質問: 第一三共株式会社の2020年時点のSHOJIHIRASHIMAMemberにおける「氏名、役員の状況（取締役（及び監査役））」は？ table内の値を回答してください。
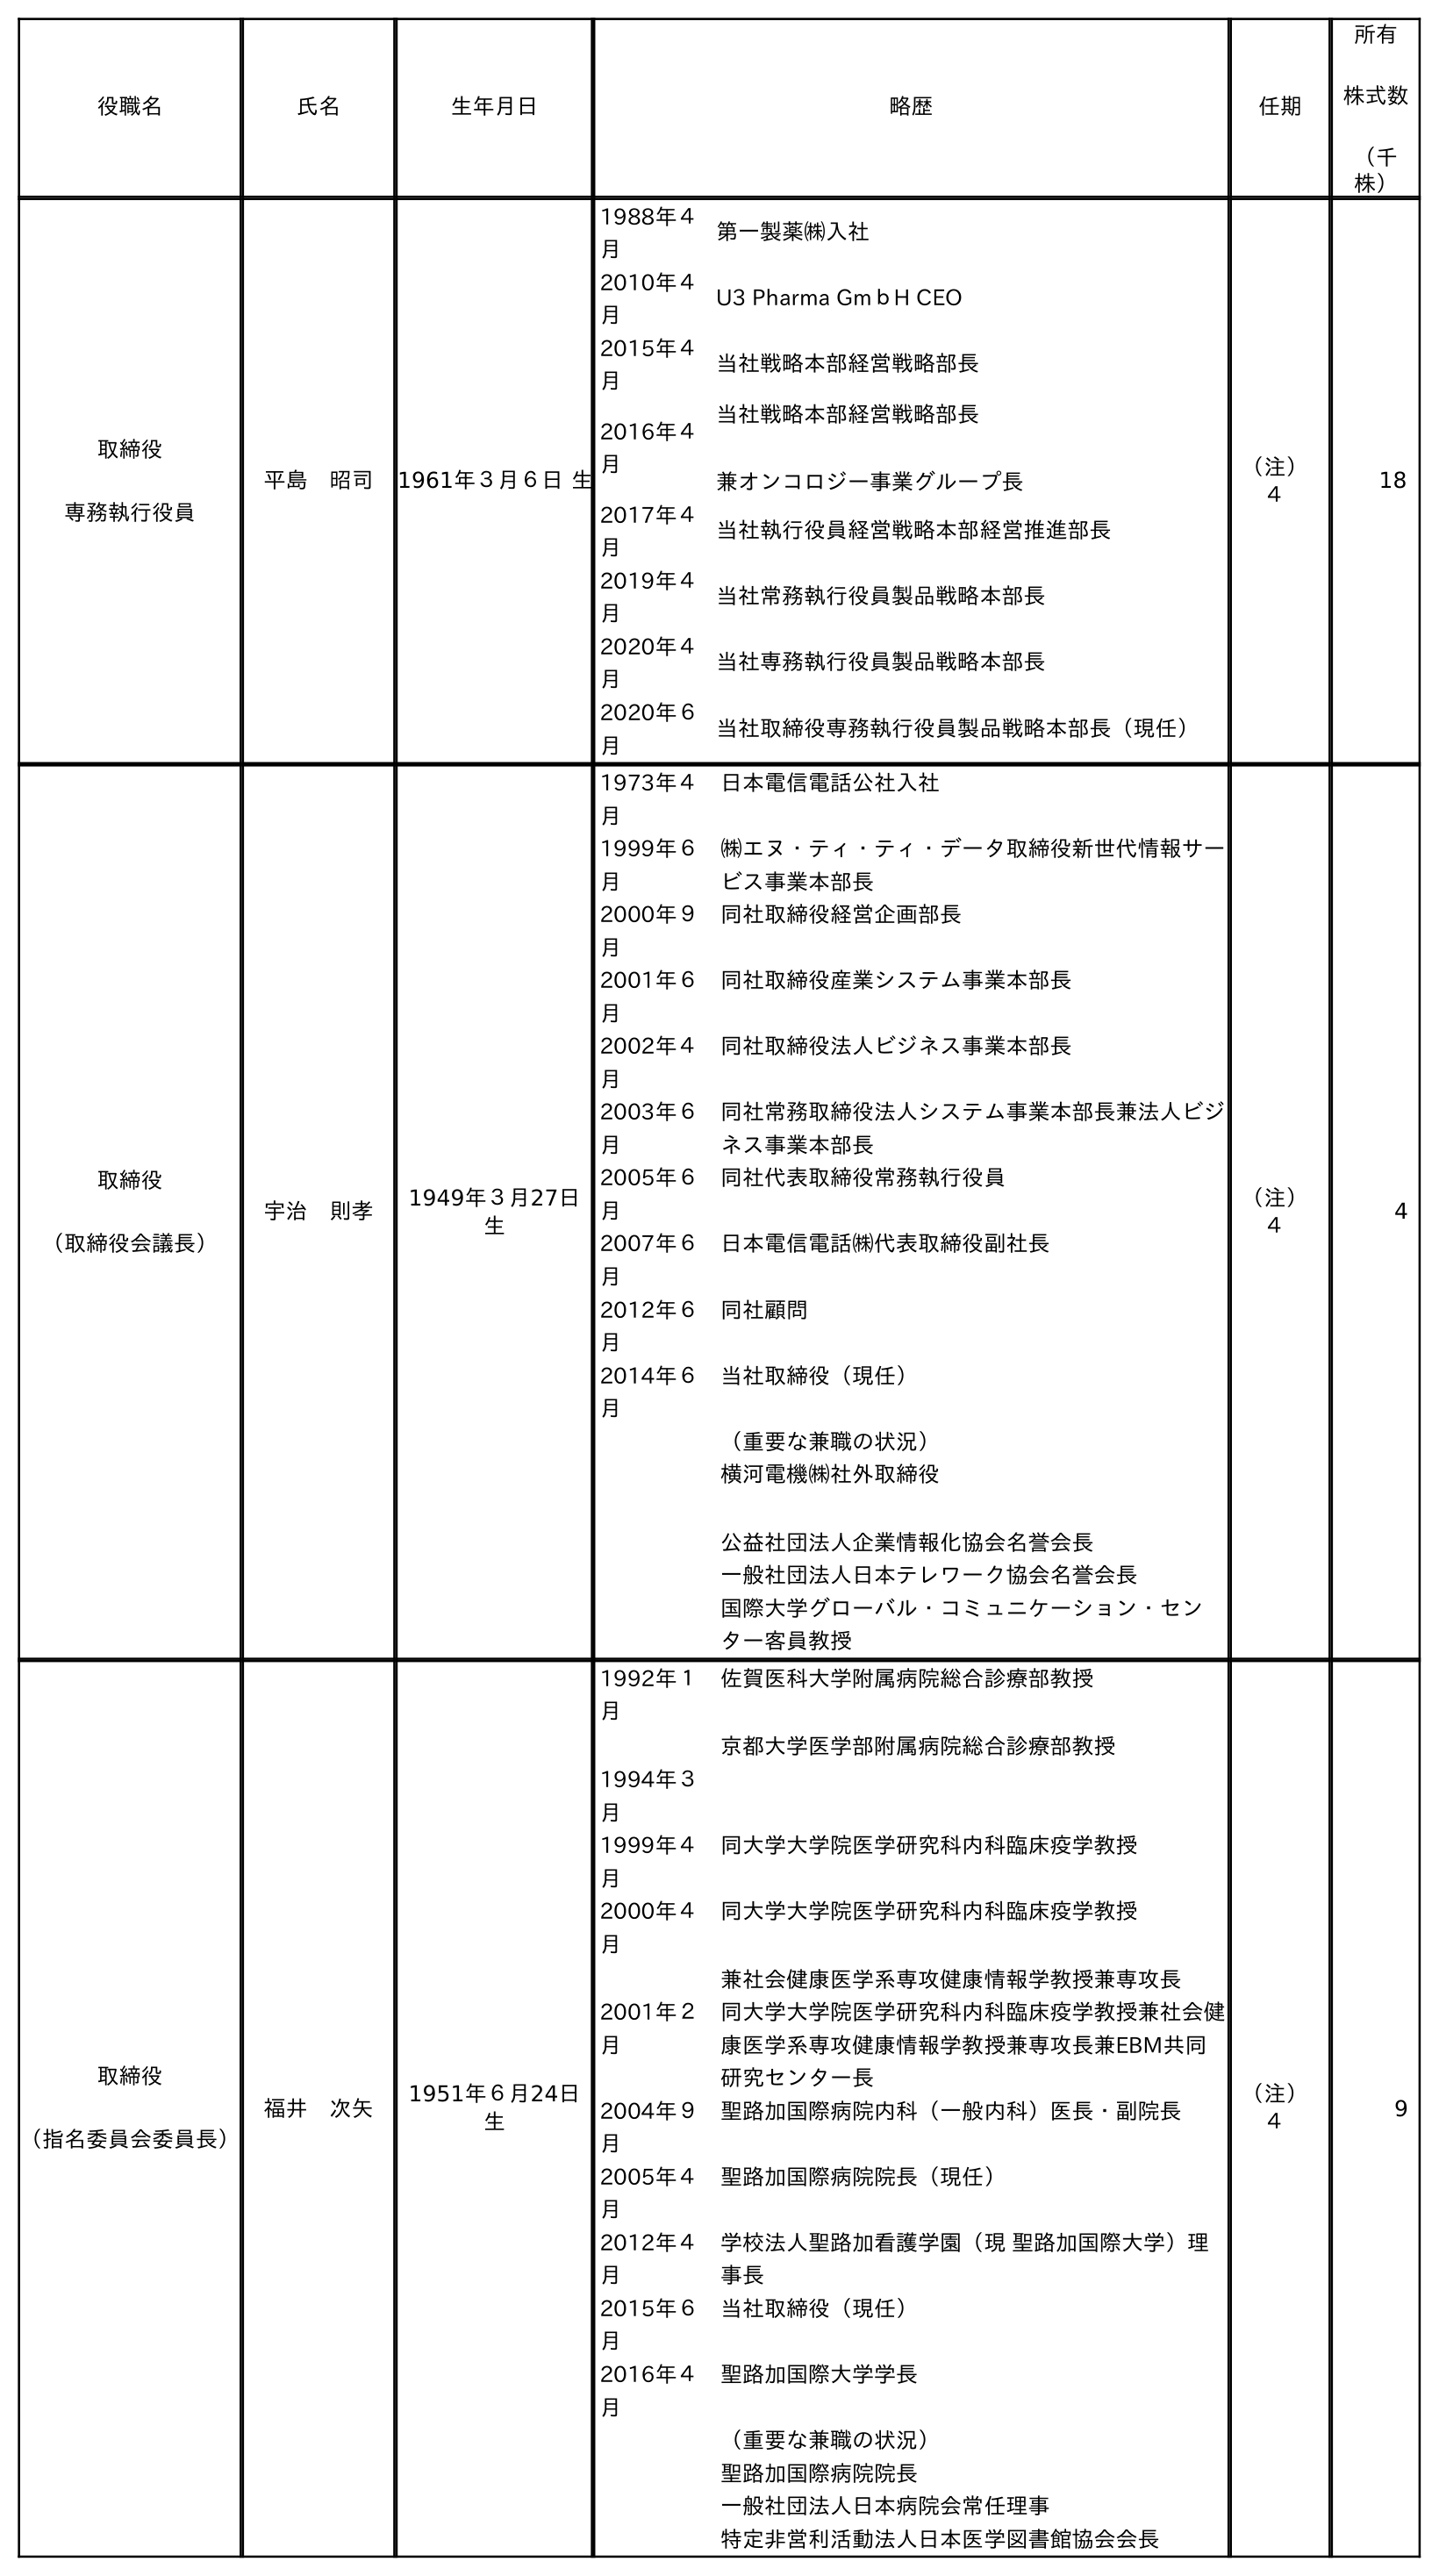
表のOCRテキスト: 役職名 氏名 生年月日 略歴 任期 所有 株式数 （千 株） 取締役 専務執行役員 平島 昭司 1961年３月６日 生 1988年４ 月 第一製薬㈱入社 2010年４ 月 U3 Pharma GmｂH CEO 2015年４ 月 当社戦略本部経営戦略部長 2016年４ 月 当社戦略本部経営戦略部長 兼オンコロジー事業グループ長 2017年４ 月 当社執行役員経営戦略本部経営推進部長 2019年４ 月 当社常務執行役員製品戦略本部長 2020年４ 月 当社専務執行役員製品戦略本部長 2020年６ 月 当社取締役専務執行役員製品戦略本部長（現任） （注） ４ 18 取締役 （取締役会議長） 宇治 則孝 1949年３月27日 生 1973年４ 月 日本電信電話公社入社 1999年６ 月 ㈱エヌ・ティ・ティ・データ取締役新世代情報サー ビス事業本部長 2000年９ 月 同社取締役経営企画部長 2001年６ 月 同社取締役産業システム事業本部長 2002年４ 月 同社取締役法人ビジネス事業本部長 2003年６ 月 同社常務取締役法人システム事業本部長兼法人ビジ ネス事業本部長 2005年６ 月 同社代表取締役常務執行役員 2007年６ 月 日本電信電話㈱代表取締役副社長 2012年６ 月 同社顧問 2014年６ 月 当社取締役（現任） （重要な兼職の状況） 横河電機㈱社外取締役 公益社団法人企業情報化協会名誉会長 一般社団法人日本テレワーク協会名誉会長 国際大学グローバル・コミュニケーション・セン ター客員教授 （注） ４ 4 取締役 （指名委員会委員長） 福井 次矢 1951年６月24日 生 1992年１ 月 1994年３ 月 佐賀医科大学附属病院総合診療部教授 京都大学医学部附属病院総合診療部教授 1999年４ 月 同大学大学院医学研究科内科臨床疫学教授 2000年４ 月 同大学大学院医学研究科内科臨床疫学教授 兼社会健康医学系専攻健康情報学教授兼専攻長 2001年２ 月 同大学大学院医学研究科内科臨床疫学教授兼社会健 康医学系専攻健康情報学教授兼専攻長兼EBM共同 研究センター長 2004年９ 月 聖路加国際病院内科（一般内科）医長・副院長 2005年４ 月 聖路加国際病院院長（現任） 2012年４ 月 学校法人聖路加看護学園（現 聖路加国際大学）理 事長 2015年６ 月 当社取締役（現任） 2016年４ 月 聖路加国際大学学長 （重要な兼職の状況） 聖路加国際病院院長 一般社団法人日本病院会常任理事 特定非営利活動法人日本医学図書館協会会長 （注） ４ 9
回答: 平島　昭司